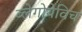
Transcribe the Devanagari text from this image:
ब्लेगोयेविच